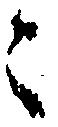
々